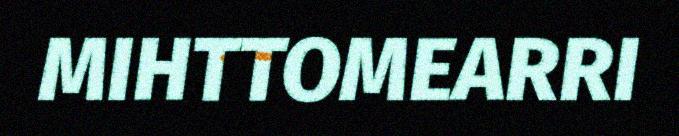
MIHTTOMEARRI